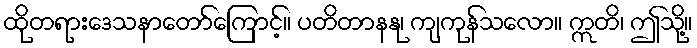
ထိုတရားဒေသနာတော်ကြောင့်။ ပတိတာနနု၊ ကျကုန်သလော။ ဣတိ၊ ဤသို့။